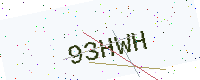
Text: 93HWH